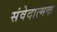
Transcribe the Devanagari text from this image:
संवेदात्मक